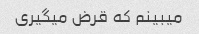
میبینم که قرض میگیری